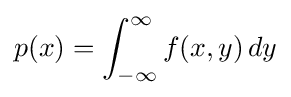
p(x)=\int _{-\infty }^{\infty }f(x,y)\,dy